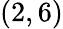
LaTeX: (2,6)